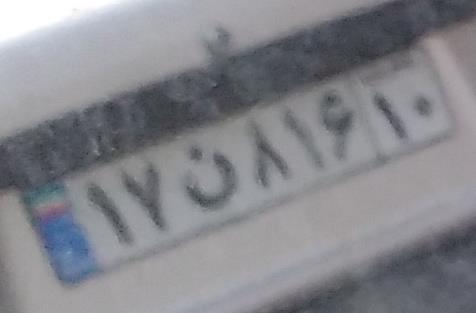
۱۷ن۸۱۶۱۰